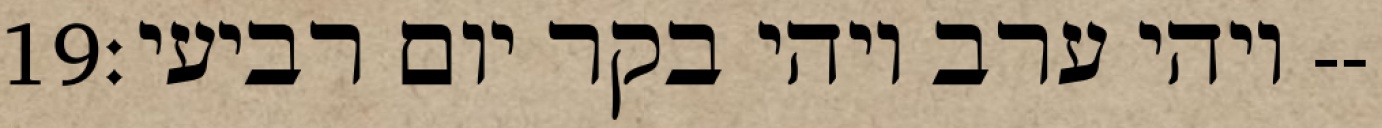
‎19‏ ויהי ערב ויהי בקר יום רביעי׃--